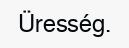
Üresség.